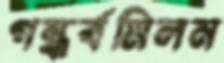
গন্ধর্বমিলন